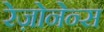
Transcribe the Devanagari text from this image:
रेज़ोनेन्स